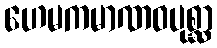
ဟေမကမာဏဝပုစ္ဆာ